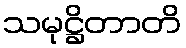
သမုဋ္ဌိတာတိ